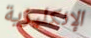
الإنكليزية